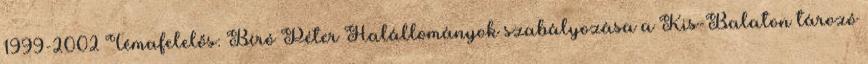
1999-2002 Témafelelős: Bíró Péter Halállományok szabályozása a Kis-Balaton tározó